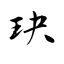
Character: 玦